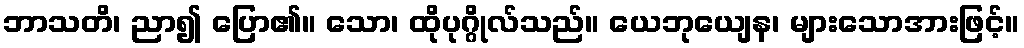
ဘာသတိ၊ ညာ၍ ပြော၏။ သော၊ ထိုပုဂ္ဂိုလ်သည်။ ယေဘုယျေန၊ များသောအားဖြင့်။